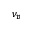
\nu _ { p }